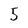
Character: 5